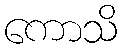
ကောသိ